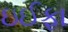
ઇઈફા